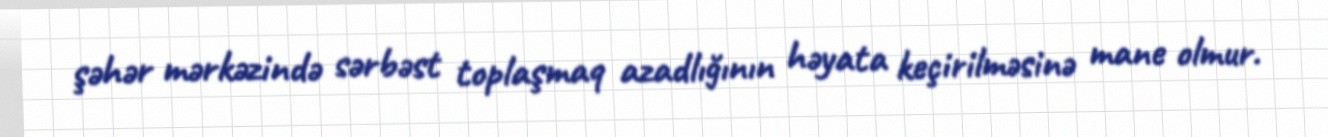
şəhər mərkəzində sərbəst toplaşmaq azadlığının həyata keçirilməsinə mane olmur.